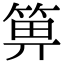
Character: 箅